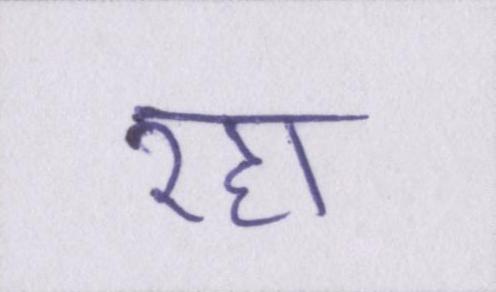
रहा